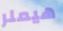
هيملر